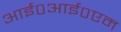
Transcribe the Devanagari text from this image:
आई०आई०एम